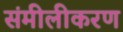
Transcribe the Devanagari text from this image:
संमीलीकरण